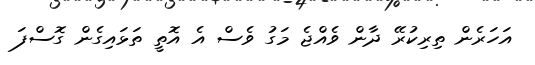
އަހަރެން ތިރިކުރޭ ދާން ވެއްޖެ މަގު ވެސް އެ އޮތީ ތަޅައިގެން ގޮސްފަ